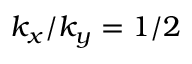
k _ { x } / k _ { y } = 1 / 2